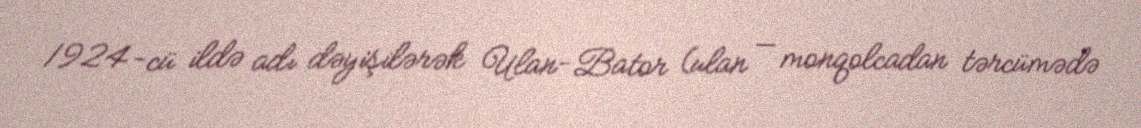
1924-cü ildə adı dəyişilərək Ulan-Bator (ulan — monqolcadan tərcümədə